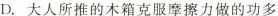
D.大人所推的木箱克服摩擦力做的功多